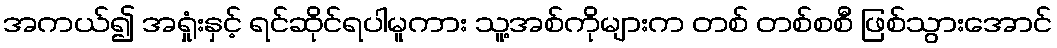
အကယ်၍ အရှုံးနှင့် ရင်ဆိုင်ရပါမူကား သူ့အစ်ကိုများက တစ် တစ်စစီ ဖြစ်သွားအောင်